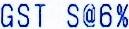
GST S@6%